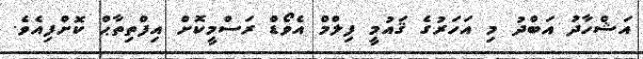
އަޝްހާދު އަބްދު މި އަހަރުގެ ޤައުމީ ފިލްމް އެވޯޑް ރަސްމީކޮށް އިފްތިތާޙް ކޮށްފިއެވެ.